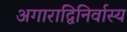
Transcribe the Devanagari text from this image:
अगाराद्विनिर्वास्य